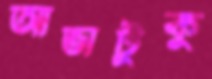
আভাটুকু